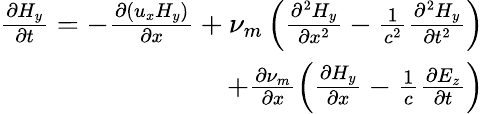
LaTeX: \begin{array}{r}{\frac{\partial{H_{y}}}{\partial t}=-\frac{\partial{(u_{x}H_{y})}}{\partial x}+\nu_{m}\left(\frac{\partial^{2}H_{y}}{\partial x^{2}}-\frac{1}{c^{2}}\frac{\partial^{2}H_{y}}{\partial t^{2}}\right)}\\ {+\frac{\partial{\nu_{m}}}{\partial x}\left(\frac{\partial{H_{y}}}{\partial x}-\frac{1}{c}\frac{\partial{E_{z}}}{\partial t}\right)}\end{array}